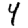
Digit: 4